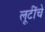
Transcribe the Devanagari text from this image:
लूटींचे